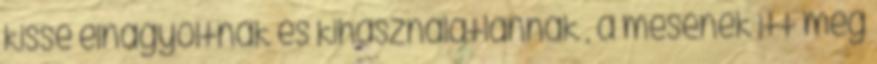
kissé elnagyoltnak és kihasználatlannak , a mesének itt még